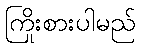
ကြိုးစားပါမည်